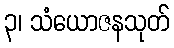
၃၊ သံယောဇနသုတ်